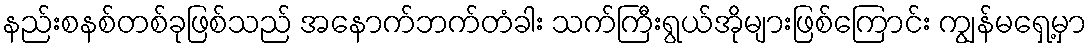
နည်းစနစ်တစ်ခုဖြစ်သည် အနောက်ဘက်တံခါး သက်ကြီးရွယ်အိုများဖြစ်ကြောင်း ကျွန်မရှေ့မှာ